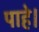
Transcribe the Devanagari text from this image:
पाहे।